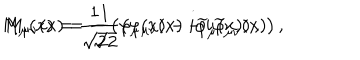
M _ { \mu } ( x ) = \frac 1 { \sqrt { 2 } } \left( \varphi _ { \mu } ( x ) - i \widetilde { \varphi } _ { \mu } ( x ) \right) , \hspace { 0 . 3 i n } M _ { \mu \nu } ( x ) = \frac 1 { \sqrt { 2 } } \left( \varphi _ { \mu \nu } ( x ) - i \widetilde { \varphi } _ { \mu \nu } ( x ) \right) ,